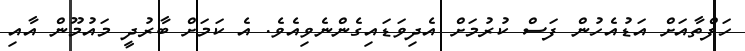
ހަފްތާއަށް އަޑުއެހުން ފަސް ކުރުމަށް އެދިވަޑައިގެންނެވިއެވެ. އެ ކަމަށް ބާރުދީ މައުމޫން އާއި